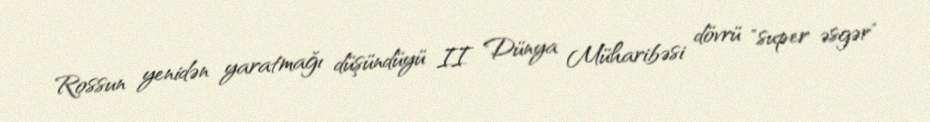
Rossun yenidən yaratmağı düşündüyü II Dünya Müharibəsi dövrü "super əsgər"